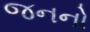
જનનો